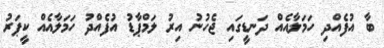
ބާ އުފެއްދި ހަމަލާއެއް ދަނޑީގައި ޖެހުނު އިރު ލަމްޕާޑު އުފެއްދު ހަމަލާއެއް ކީޕަރު